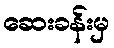
ဆေးခန်းမှ